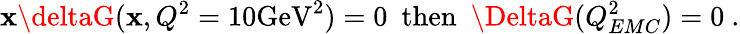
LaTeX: \mathbf{x}\deltaG(\mathbf{x},Q^{2}=10\mathrm{{GeV}}^{2})=0~~\mathrm{{then}}~~\DeltaG(Q_{EMC}^{2})=0~.